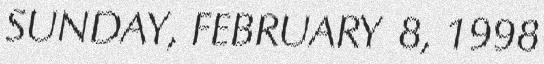
SUNDAY, FEBRUARY 8, 1998